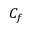
C _ { f }